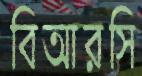
বিআরসি